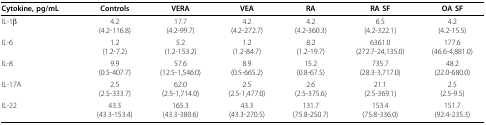
<table><thead><tr><td><b>Cytokine, pg/mL</b></td><td><b>Controls</b></td><td><b>VERA</b></td><td><b>VEA</b></td><td><b>RA</b></td><td><b>RA SF</b></td><td><b>OA SF</b></td></tr></thead><tbody><tr><td>IL-1β</td><td>4.2(4.2-116.8)</td><td>17.7(4.2-99.7)</td><td>4.2(4.2-272.7)</td><td>4.2(4.2-360.3)</td><td>6.5(4.2-322.1)</td><td>4.2(4.2-15.5)</td></tr><tr><td>IL-6</td><td>1.2(1.2-7.2)</td><td>5.2(1.2-153.2)</td><td>1.2(1.2-84.7)</td><td>8.2(1.2-19.7)</td><td>6361.0(272.7-24,135.0)</td><td>177.6(46.6-4,881.0)</td></tr><tr><td>IL-8</td><td>9.9(0.5-407.7)</td><td>57.6(12.5-1,546.0)</td><td>8.9(0.5-665.2)</td><td>15.2(0.8-67.5)</td><td>735.7(28.3-3,717.0)</td><td>48.2(22.0-680.0)</td></tr><tr><td>IL-17A</td><td>2.5(2.5-333.7)</td><td>62.0(2.5-1,714.0)</td><td>2.5(2.5-1,477.0)</td><td>2.6(2.5-375.6)</td><td>21.1(2.5-369.1)</td><td>2.5(2.5-9.5)</td></tr><tr><td>IL-22</td><td>43.3(43.3-153.4)</td><td>165.3(43.3-380.6)</td><td>43.3(43.3-270.5)</td><td>131.7(75.8-250.7)</td><td>153.4(75.8-336.0)</td><td>151.7(92.4-235.3)</td></tr></tbody></table>